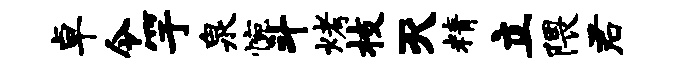
卓令竽泉惋斗烤枝灭精立隈君